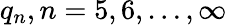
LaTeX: q_{n},n=5,6,\dots,\infty